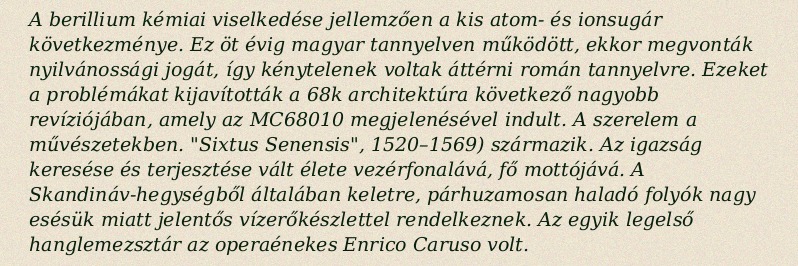
A berillium kémiai viselkedése jellemzően a kis atom- és ionsugár következménye. Ez öt évig magyar tannyelven működött, ekkor megvonták nyilvánossági jogát, így kénytelenek voltak áttérni román tannyelvre. Ezeket a problémákat kijavították a 68k architektúra következő nagyobb revíziójában, amely az MC68010 megjelenésével indult. A szerelem a művészetekben. "Sixtus Senensis", 1520–1569) származik. Az igazság keresése és terjesztése vált élete vezérfonalává, fő mottójává. A Skandináv-hegységből általában keletre, párhuzamosan haladó folyók nagy esésük miatt jelentős vízerőkészlettel rendelkeznek. Az egyik legelső hanglemezsztár az operaénekes Enrico Caruso volt.